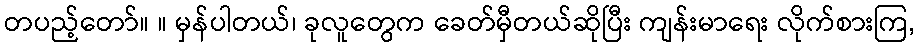
တပည့်တော်။ ။ မှန်ပါတယ်၊ ခုလူတွေက ခေတ်မှီတယ်ဆိုပြီး ကျန်းမာရေး လိုက်စားကြ,